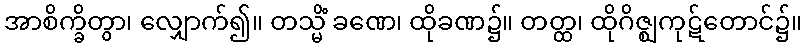
အာစိက္ခိတွာ၊ လျှောက်၍။ တသ္မိံ ခဏေ၊ ထိုခဏ၌။ တတ္ထ၊ ထိုဂိဇ္ဈကုဋ်တောင်၌။